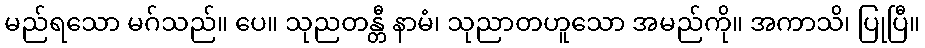
မည်ရသော မဂ်သည်။ ပေ။ သုညတန္တီ နာမံ၊ သုညာတဟူသော အမည်ကို။ အကာသိ၊ ပြုပြီ။